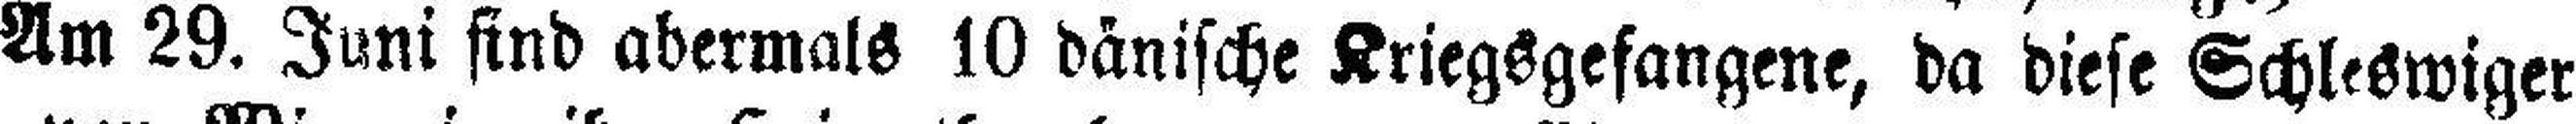
Am 29. Juni sind abermals 10 dänische Kriegsgefangene, da diese Schleswiger